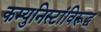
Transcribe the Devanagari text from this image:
कम्युनिस्टांविरूद्ध